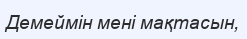
Демеймін мені мақтасын,